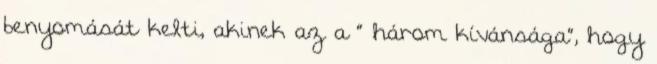
benyomását kelti, akinek az a ” három kívánsága”, hogy